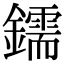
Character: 鑐